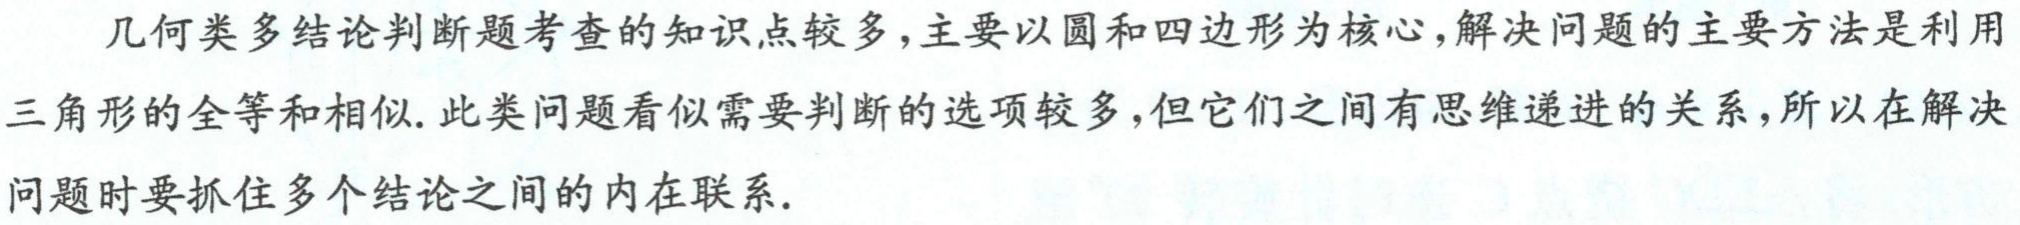
几何类多结论判断题考查的知识点较多，主要以圆和四边形为核心，解决问题的主要方法是利用三角形的全等和相似. 此类问题看似需要判断的选项较多，但它们之间有思维递进的关系，所以在解决问题时要抓住多个结论之间的内在联系.